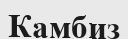
Камбиз